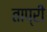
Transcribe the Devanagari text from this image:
ताप्री